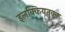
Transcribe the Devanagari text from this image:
इलक्कियतुक्क